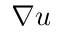
\nabla u